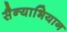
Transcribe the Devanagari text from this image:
सैन्याभियान